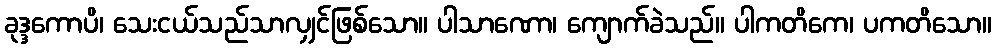
ခုဒ္ဒကောပိ၊ သေးငယ်သည်သာလျှင်ဖြစ်သော။ ပါသာဏော၊ ကျောက်ခဲသည်။ ပါကတိကေ၊ ပကတိသော။